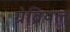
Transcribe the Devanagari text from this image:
ग्रेब्रियल